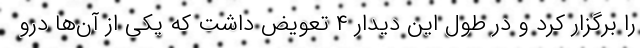
را برگزار کرد و در طول این دیدار ۴ تعویض داشت که یکی از آن‌ها درو